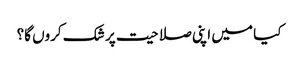
کیا میں اپنی صلاحیت پر شک کروں گا؟